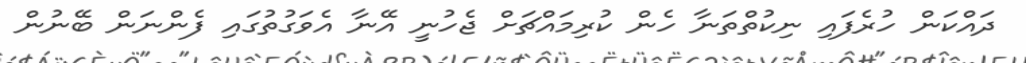
ދައްކަން ހުރެފައި ނިކުތްތަނާ ހެން ކުރިމައްޗަށް ޖެހުނީ އޭނާ އެވަގުތުގައި ފެންނަން ބޭނުން